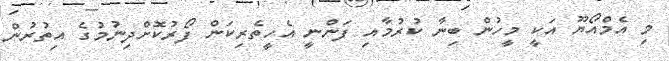
މި އެމްއޯޔޫ އަކީ މީހުން ބިނާ ކުރުމާއި ފަންނީ އެހީތެރިކަން ފޯރުކޮށްދިނުމުގެ އިތުރުން